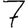
Digit: 7